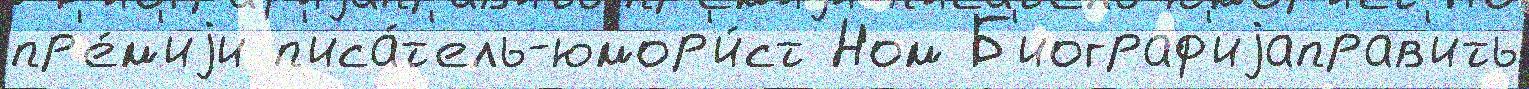
пр'е́м'иjи п'иса́т'ель-юмор'и́ст Ном Б'иограф'иjаправ'ить